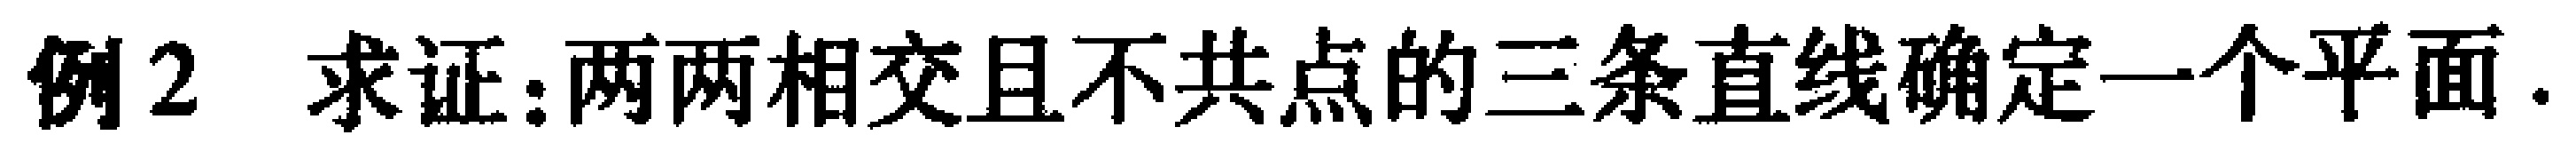
例2 求证：两两相交且不共点的三条直线确定一个平面.